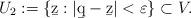
LaTeX: \begin{align*}U_2:= \{ \b z:| \b q-\b z|<\varepsilon\} \subset V.\end{align*}